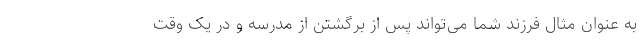
به عنوان مثال فرزند شما می‌تواند پس از برگشتن از مدرسه و در یک وقت